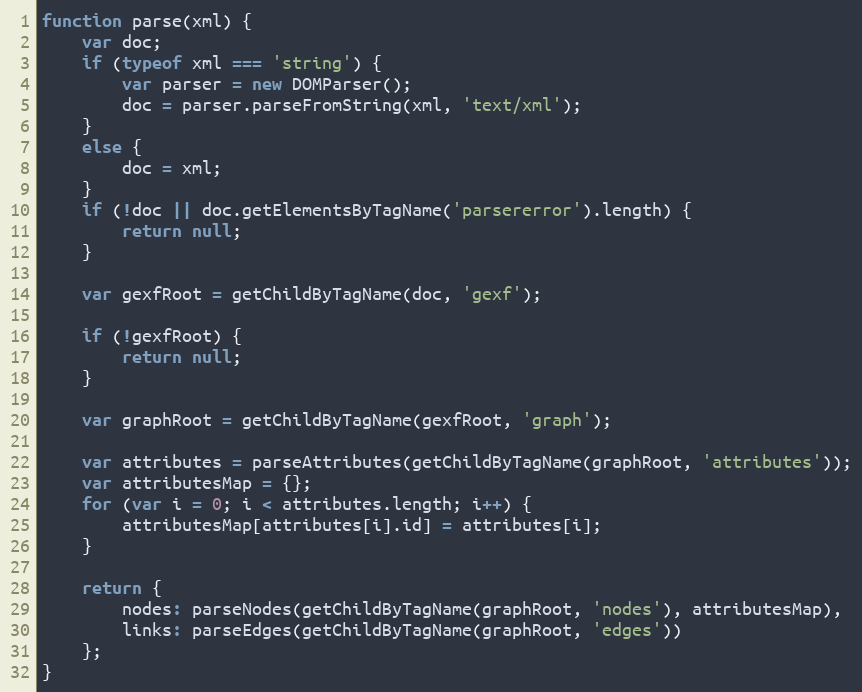
Language: JavaScript
function parse(xml) {
    var doc;
    if (typeof xml === 'string') {
        var parser = new DOMParser();
        doc = parser.parseFromString(xml, 'text/xml');
    }
    else {
        doc = xml;
    }
    if (!doc || doc.getElementsByTagName('parsererror').length) {
        return null;
    }

    var gexfRoot = getChildByTagName(doc, 'gexf');

    if (!gexfRoot) {
        return null;
    }

    var graphRoot = getChildByTagName(gexfRoot, 'graph');

    var attributes = parseAttributes(getChildByTagName(graphRoot, 'attributes'));
    var attributesMap = {};
    for (var i = 0; i < attributes.length; i++) {
        attributesMap[attributes[i].id] = attributes[i];
    }

    return {
        nodes: parseNodes(getChildByTagName(graphRoot, 'nodes'), attributesMap),
        links: parseEdges(getChildByTagName(graphRoot, 'edges'))
    };
}